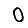
Digit: 0